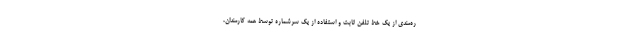
ره‌مندی از یک خط تلفن ثابت و استفاده از یک سرشماره توسط همه کارمندان،